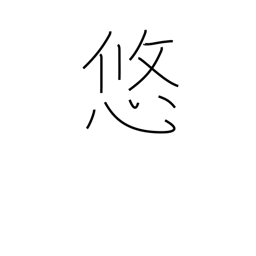
Meaning: permanence